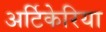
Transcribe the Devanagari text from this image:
अर्टिकेरिया